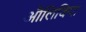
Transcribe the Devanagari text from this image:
औलिविया